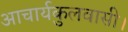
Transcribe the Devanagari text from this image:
आचार्यकुलवासी।